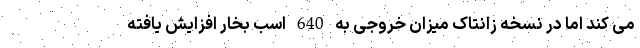
می کند اما در نسخه زانتاک میزان خروجی به 640 اسب بخار افزایش یافته